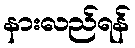
နားလည်ရန်